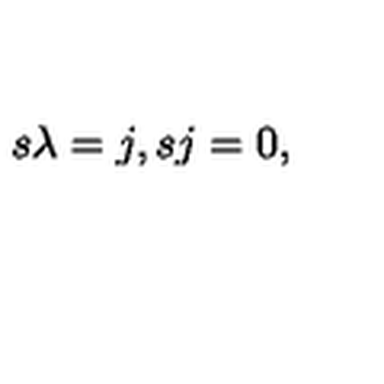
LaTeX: s \lambda = j , s j = 0 ,